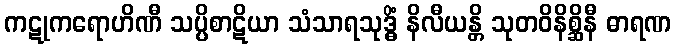
ကဋုကရောဟိဏီ သပ္ပိစာဋိယာ သံသာရသုဒ္ဓိံ နိလီယန္တိ သုတဝိနိစ္ဆိနီ ဓာရဏ